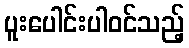
ပူးပေါင်းပါဝင်သည့်